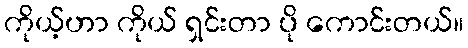
ကိုယ့်ဟာ ကိုယ် ရှင်းတာ ပို ကောင်းတယ်။